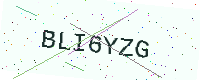
Text: BLI6YZG